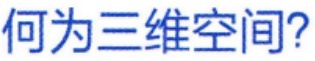
何为三维空间？